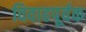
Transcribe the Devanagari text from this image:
विवाहपूर्वक